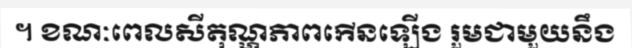
។ ខណៈពេលសីតុណ្ហភាពកើនឡើង រួមជាមួយនឹង